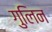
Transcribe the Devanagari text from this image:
गुलिन